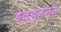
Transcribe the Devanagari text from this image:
डेल्युज़न्स